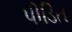
પીડિત